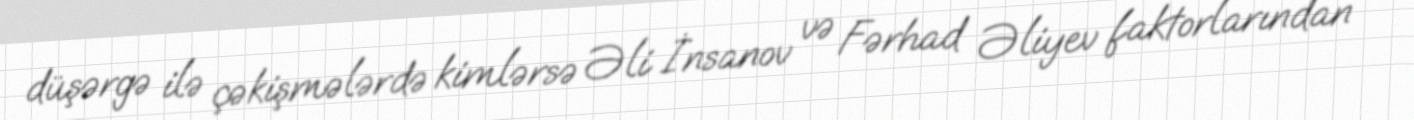
düşərgə ilə çəkişmələrdə kimlərsə Əli İnsanov və Fərhad Əliyev faktorlarından